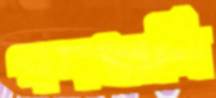
পদধ্বনি